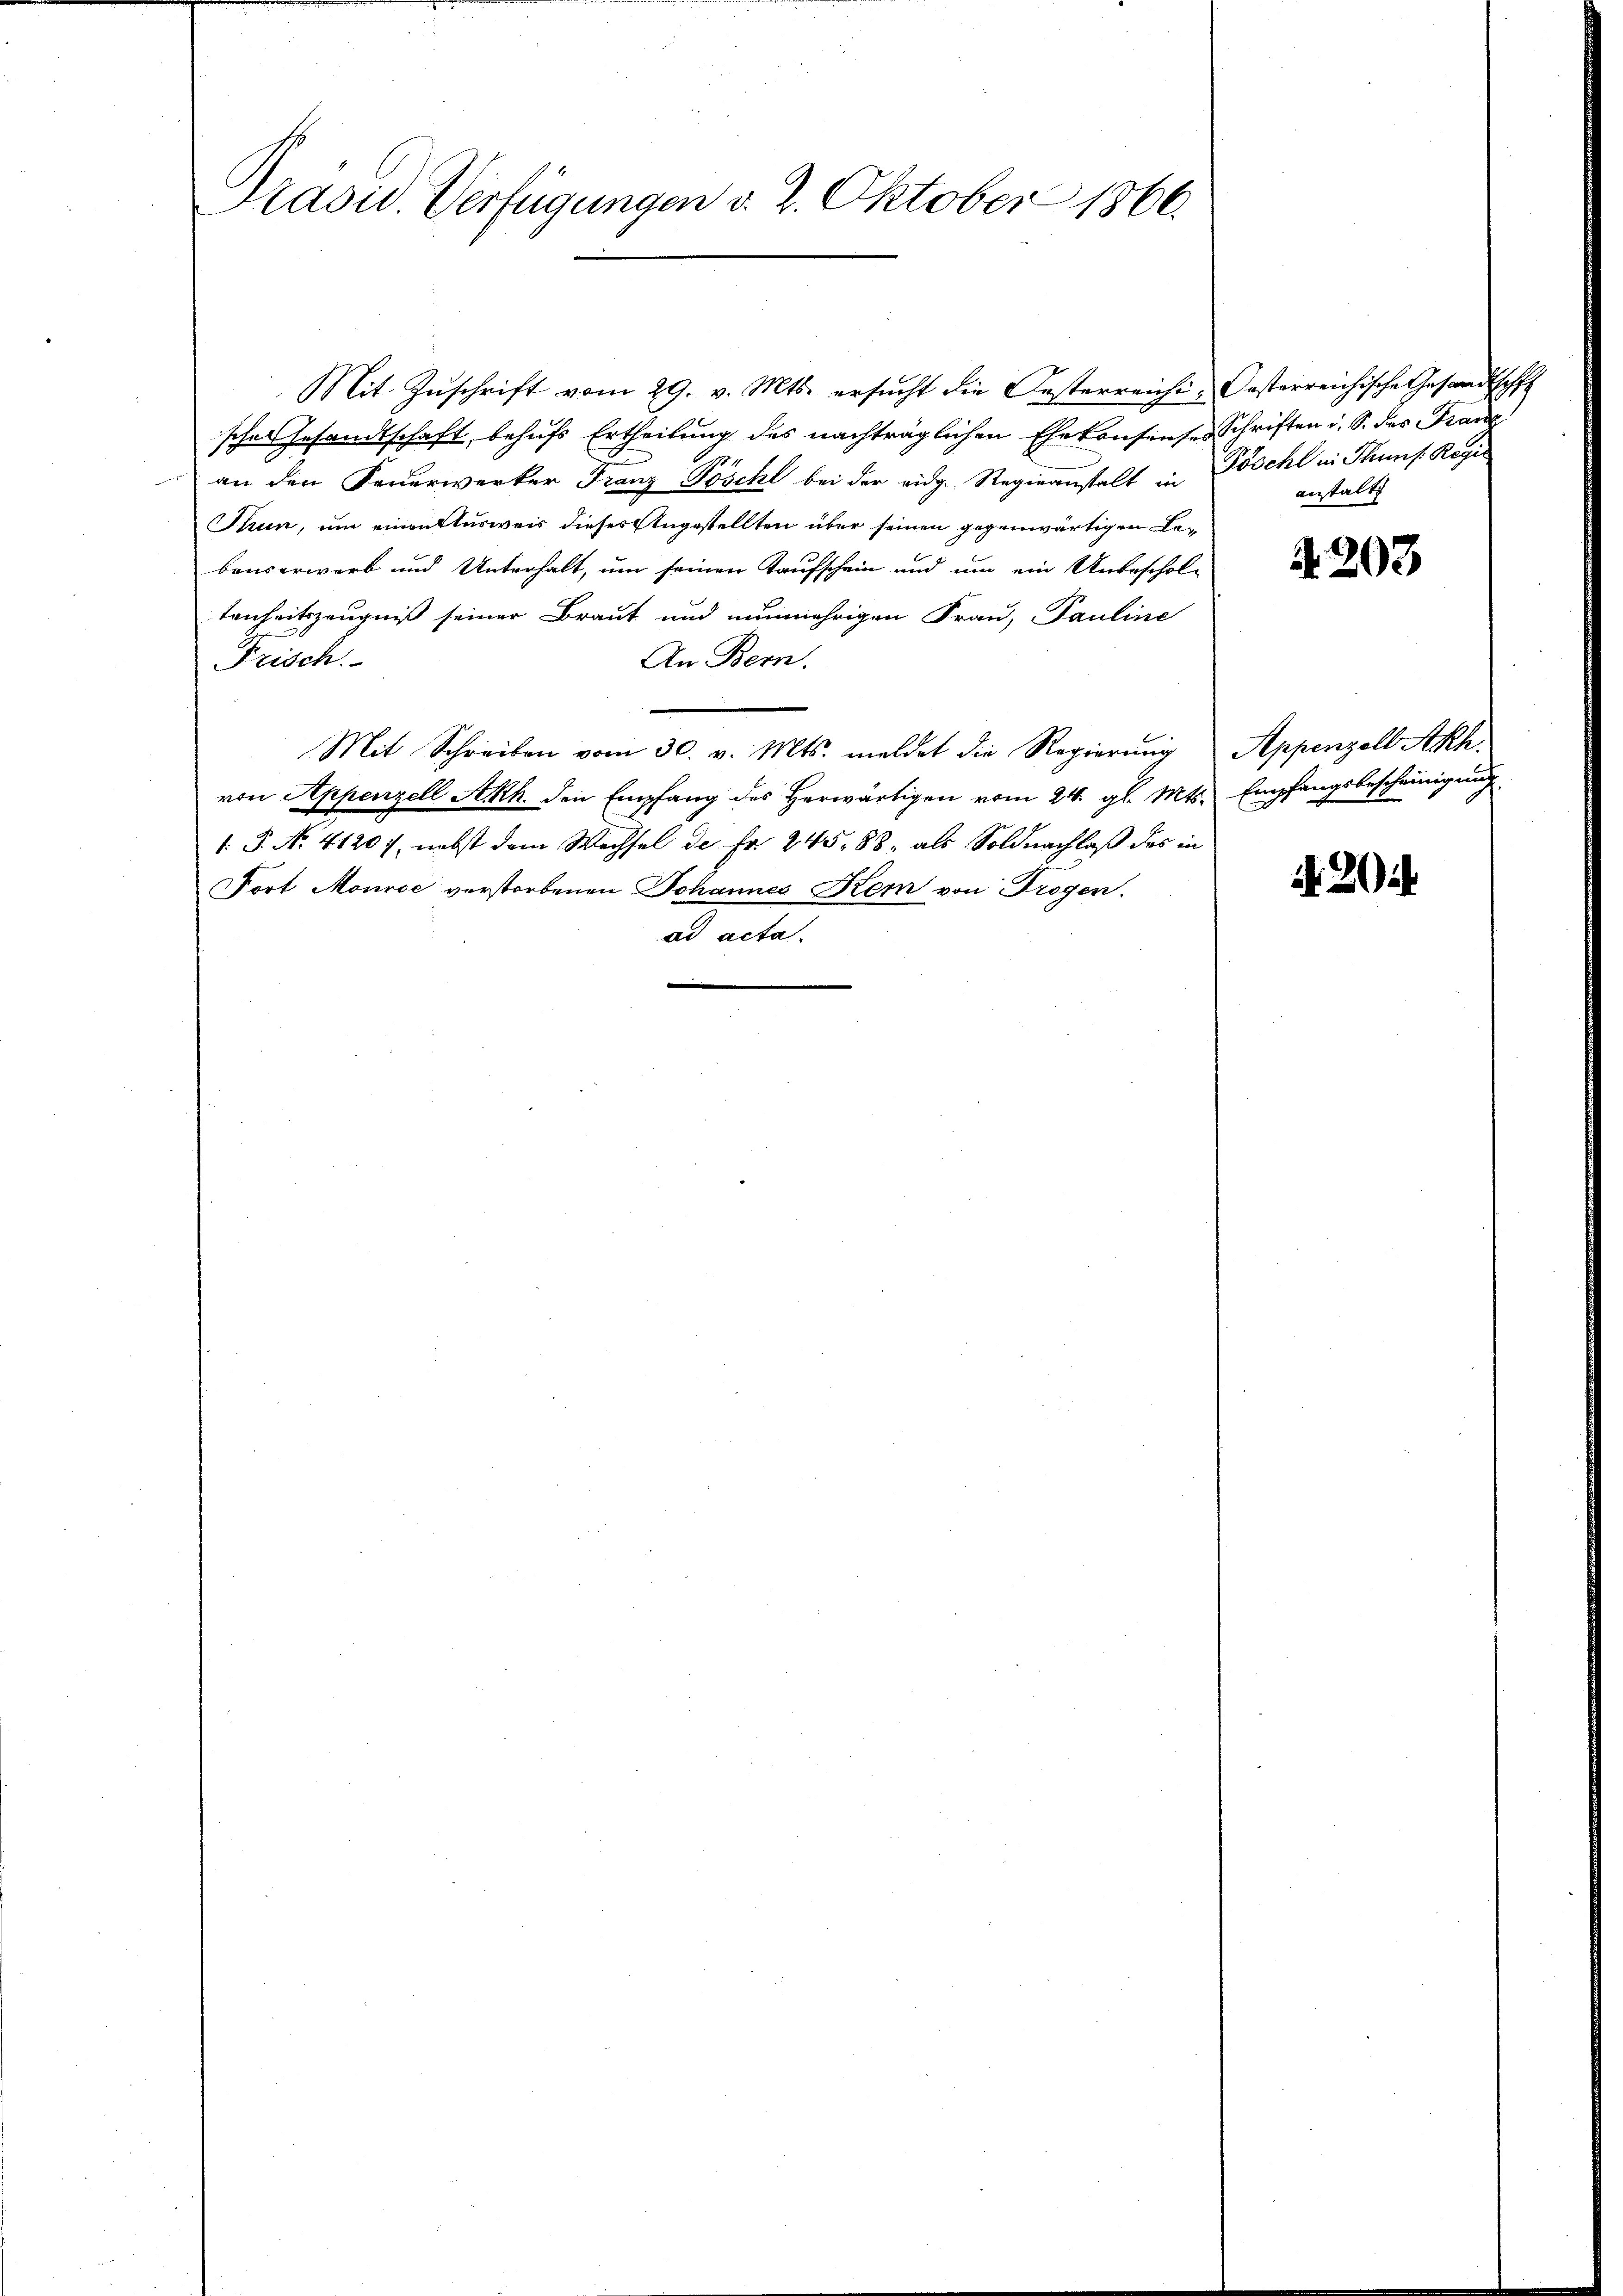
Präsid. Verfügungen v. 2. Oktober 1866.

Mit Zŭschrift vom 29. v. Mts. ersŭcht die Oesterreichi, Oesterreichische Gesandtschaf
sches Gesandtschaft, behufs Ertheilung des nachträglichen Ehekonsenses Schriften u. S. des Franz
an den Feŭerwerker Franz Poschl bei der eidg. Regieanstalt in Göschl in Thuns. Regie
Thun, um einen Ausweis dieses Angestellten über seinen gegenwärtigen Bebauserwerb und Unterhalt, um seinen Kaufschein und um ein Unbeschol-
tenheitszeugniß seiner Braut und nunmehrigen Frau, Pauline
An Bern.
Frisch.
e
Mit Schreiben vom 30. v. Mts. meldet die Regierung Appenzell Akhvon Appenzell Akh. den Empfang des herwärtigen vom 24. gl. Mts. Empfangsbescheinigung
1: P. No. 41207, nebst dem Wechsel de Fr. 245, 88, als Soldnachlaß des in
Fort Mourse verstorbenen Johannes Kem von Trogen.
ad acta.

anstalt

R. 203

A. 20